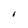
Character: I